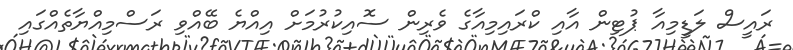
ރައީސް ލަޑީމިއާ ޕުޓިން އާއި ކްރައިމިއާގެ ވެރިން ސޮއިކުރުމަށް އިއްޔެ ބޭއްވި ރަސްމިއްޔާތެއްގައި